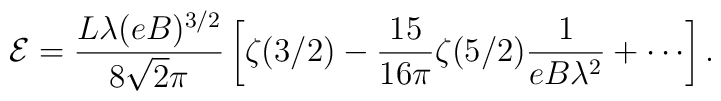
\mathcal{E} = \frac{L \lambda (eB)^{3/2}}{8 \sqrt{2} \pi} \left [\zeta(3/2)-\frac{15}{16\pi}\zeta(5/2)\frac{1}{eB\lambda^2}+\cdots\right ].